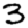
Digit: 3